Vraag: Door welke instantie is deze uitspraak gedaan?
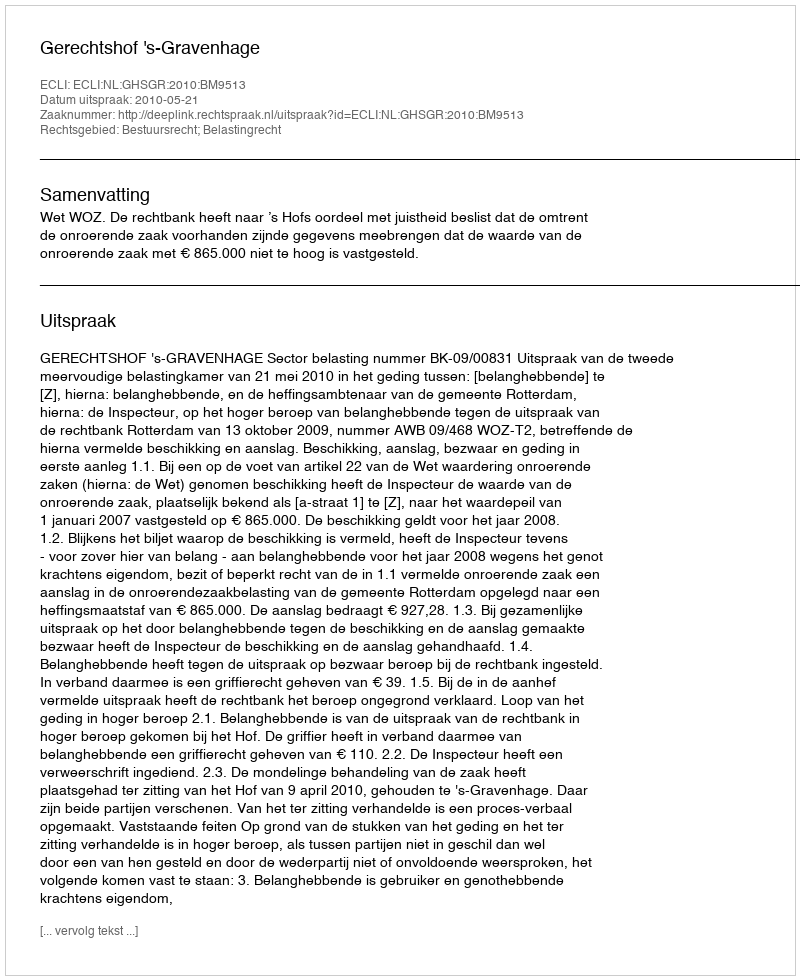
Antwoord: Gerechtshof 's-Gravenhage